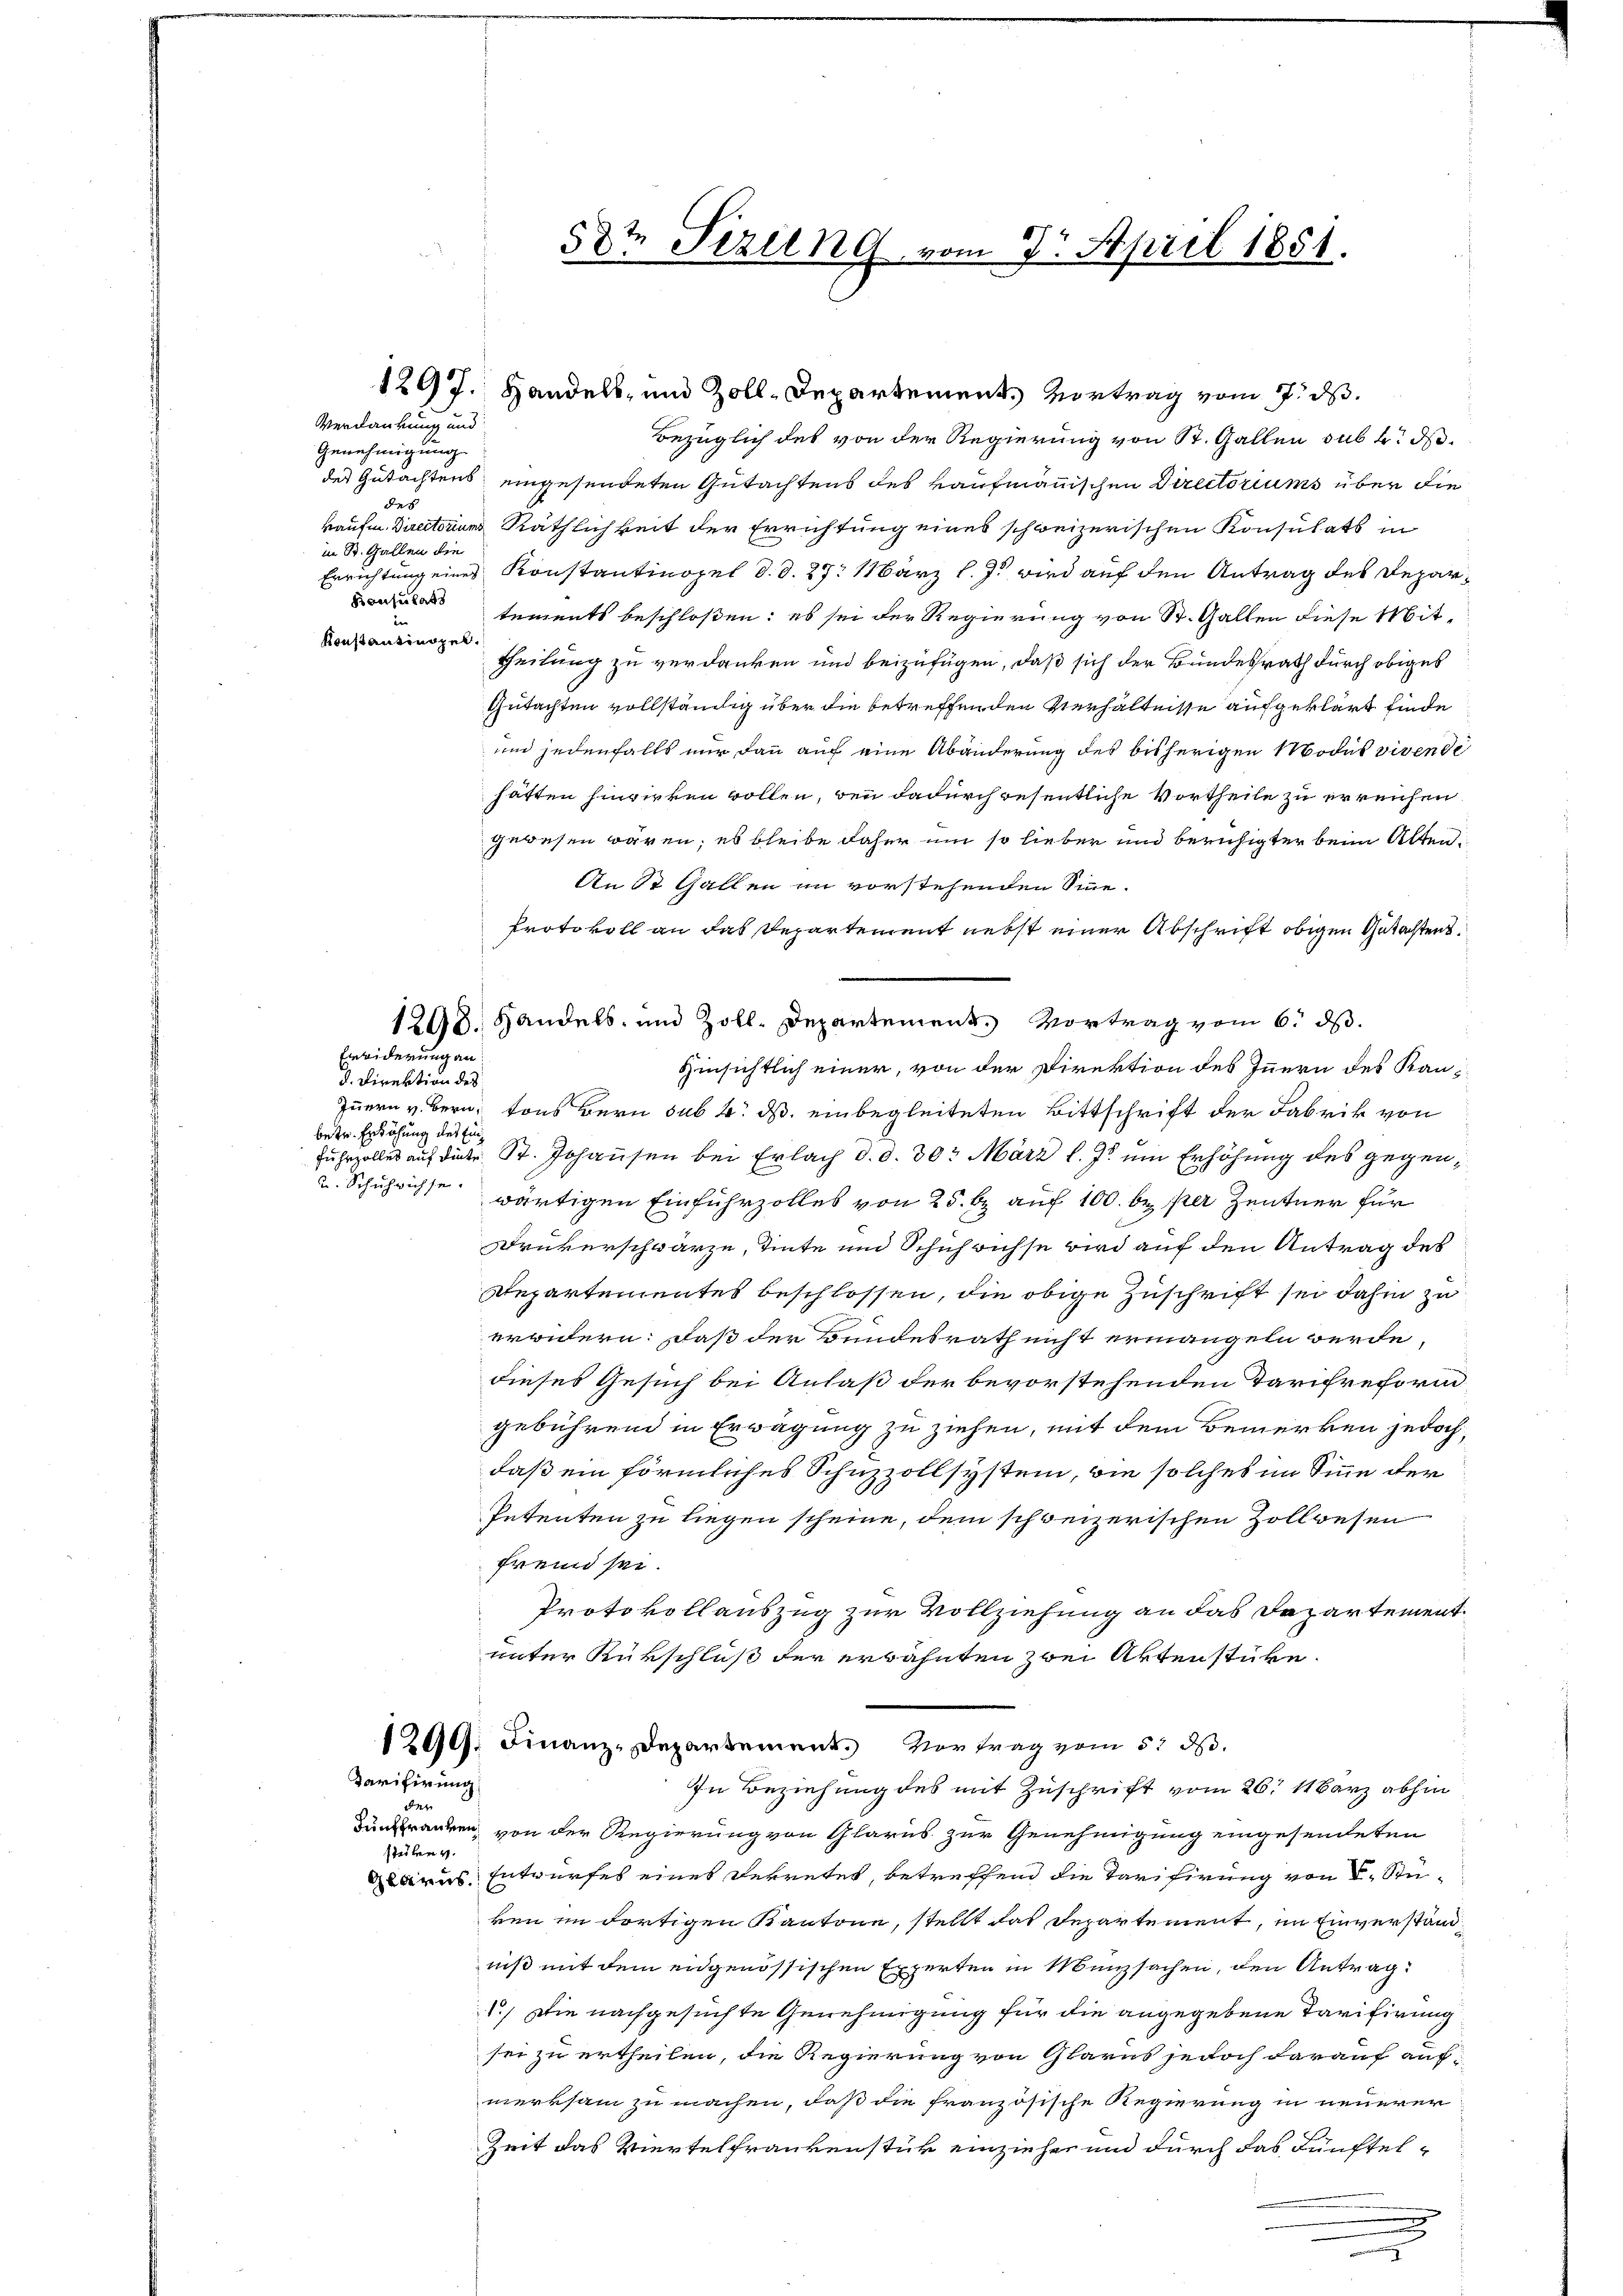
1298.
Eiwiderung an

d. Direktion des
betr. Erhöhung des Ein¬
u. Schuhrichse.

Verdankung und
Genehmigung
des
in St. Gallen die
Konsulats
Konstantinopel.

Tarifirung

der
steilen v.

bezüglich des von der Regierung von St. Gallen sub 2. ds.
des Gutachtens eingesendeten Gutachtens des kaufmannischen Directoriums über die
kaufe. Directoriums Räthlichkeit der Errichtung eines schweizerischen Konsulats in
Errichtung eines Konstantinopel d. d. 27. März l. J. wird auf den Antrag des Departements beschloßen: es sei der Regierung von St. Gallen diese Mit¬
Theilung zu verdanken und beizufügen, daß sich der Bundesrath durch obiges
Gutachten vollständig über die betreffenden Verhältnisse aufgeklärt finde
um jedenfalls nur dann auf eine Abänderung des bisherigen Modus vivende
hätten hinwirken wollen, wenn dadurch resentliche Vortheile zu erreichen.
gewesen wären; es bleibe daher um so lieber und beruhigter beim Alten¬
An St. Gallen im vorstehenden Sinne.
Protokoll an das Departement nebst einer Abschrift obigen Gutachten.
Handels- und Zoll-Departement. Vortrag vom 6. ds.
Hinsichtlich einer, von der Direktion des Innern des Kanz¬
Innern v. Bern, tons Bern sub 2. ds. einbegleiteten Bittschrift der Fabrik von
fuhrzolles auf die St. Johansen bei Erlach d. d. 30t März l. Js. um Erhöhung des gegenwärtigen Einfuhrzolles von 25. b. auf 100. be per Zentner für
Druckerschwärze, Tinte und Schuhrichse wird auf den Antrag des
Departementes beschlossen, die obige Zuschrift sei dahin zu
erwidern: daß der Bundesrath nicht ermangeln werde,
dieses Gesuch bei Anlaß der bevorstehenden Tarifreform
gebührend in Erwägung zu ziehen, mit dem Bemerken jedoch,
daß ein förmliches Schuzzollsystem, wie solches im Sinne der
Petenten zu liegen scheine, dem schweizerischen Zollwesen
fremd sei.
Protokollauszug zur Vollziehung an das Departement
unter Rükschluß der erwähnten zwei Aktenstüke.
1299: Finanz-Departement. Vortrag vom 5. d.
In Beziehung des mit Zuschrift vom 26. 11 Barz abhin
Zunranken, von der Regierung von Glarus zur Genehmigung eingesendeten
rus. Entwurfes eines Dekretes, betreffend die Tarifirung von E. Stuken im dortigen Kantone, stellt das Departement, im Einverstand.
niß mit dem eidgenössischen Experten in Münzsachen, den Antrag:
1.) Die nachgesuchte Genehmigung für die angegebene Tarifirung
sei zu ertheilen, die Regierung von Glarus jedoch darauf aufmerksam zu machen, daß die französische Regierung in neuerer
Zeit das Viertelfrauenstür einzieher und durch das Künftel¬

58t Sizil ne vom 7. April 1851.

1297. Handels- und Zoll-Departement vortrag vom 7. ds.

.